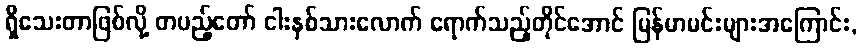
ရှိသေးတာဖြစ်လို့ တပည့်တော် ငါးနှစ်သားလောက် ရောက်သည့်တိုင်အောင် မြန်မာမင်းများအကြောင်း,